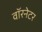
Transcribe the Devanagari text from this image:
वॉरनेटर